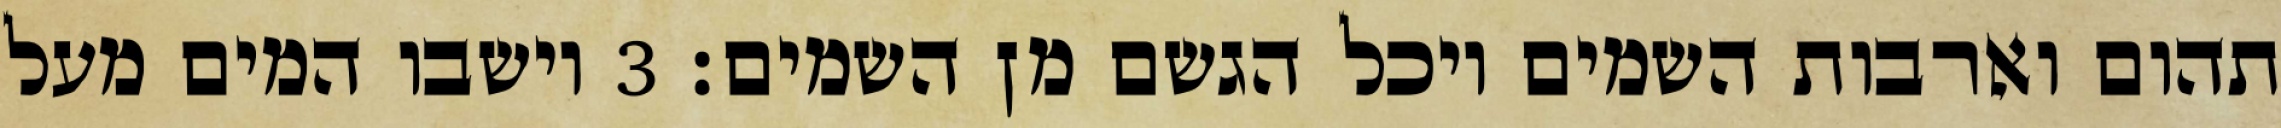
תהום וארבות השמים ויכל הגשם מן השמים׃ ‎3‏ וישבו המים מעל